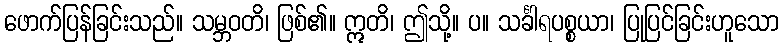
ဖောက်ပြန်ခြင်းသည်။ သမ္ဘဝတိ၊ ဖြစ်၏။ ဣတိ၊ ဤသို့။ ပ။ သင်္ခါရပစ္စယာ၊ ပြုပြင်ခြင်းဟူသော